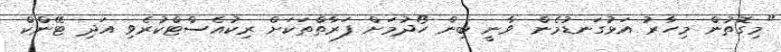
"މިގޮތުން މިހާރު އަޅުގަނޑުމެން ވާނީ ބިން ހޯދުމަށް ފަރާތްތަކަށް ރިކުއެސްޓްކުރެވި އަދި ޓޭންކް